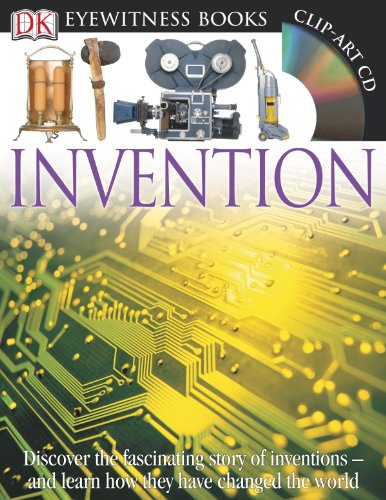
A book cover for DK Eyewitness Books: Invention; Lionel Bender; Children's Books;